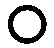
၀